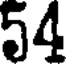
54